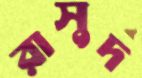
রাসুদ